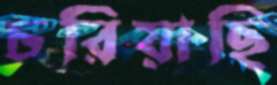
চরিয়াছি